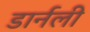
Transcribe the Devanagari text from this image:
डार्नली